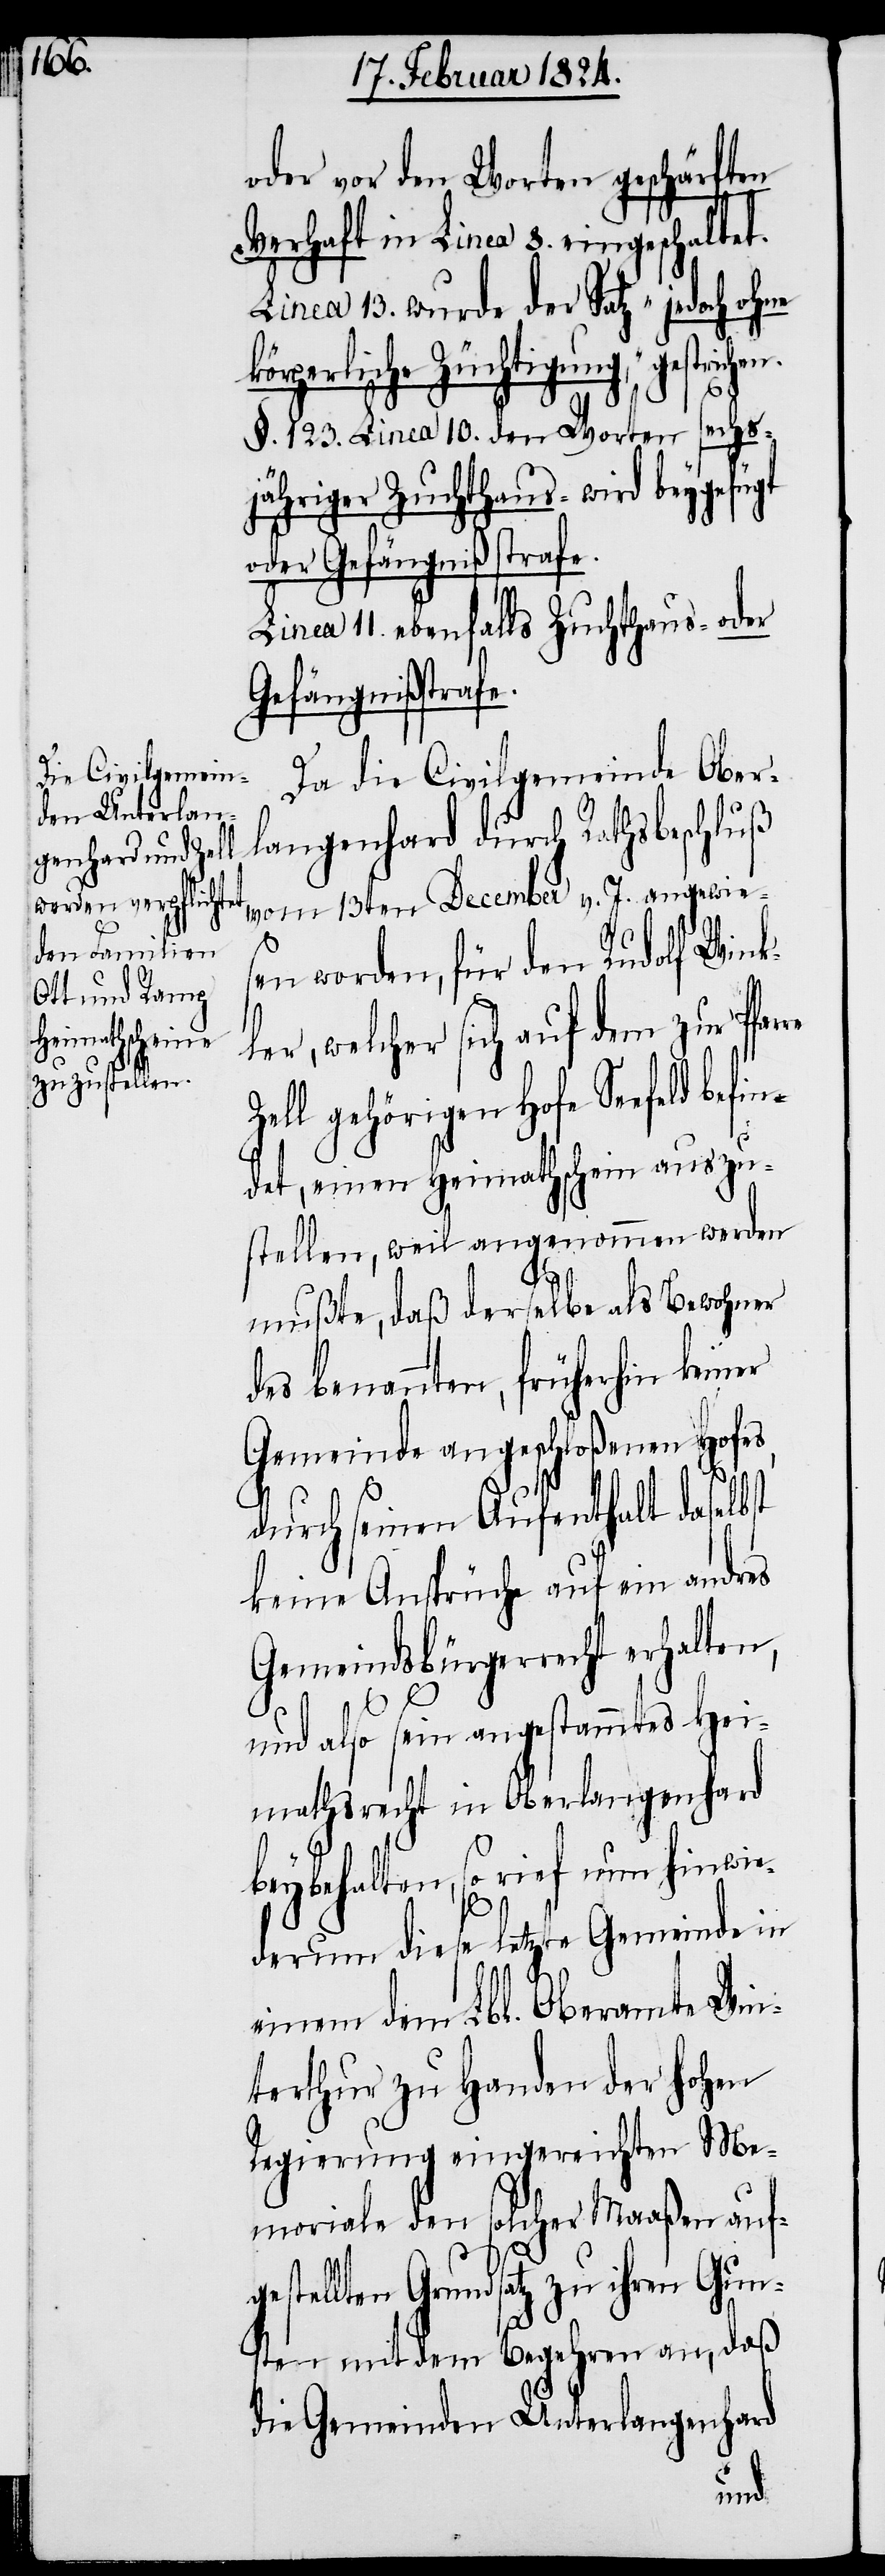
oder vor den Worten geschärften
Verhalt in Linea 8. eingeschaltet.
Linea 13. wurde der Satz „jedoch ohne
körperliche Züchtigung“, gestrich¬
re
§. 123. Linea 10. den Worten sechs¬
jähriger Zuchthaus- wird beygefügt
oder Gefängnißstrafe.
Linea 11. ebenfalls Zuchthaus- oder
Gefängnißstrafe.
Da die Civilgemeinde Ober¬
langenhard durch Rathsbeschluß
vom 13ten December v. J. angewie¬
sen worden, für den Rudolf Wink¬
ler, welcher sich auf dem zur Pfar¬
Zell gehörigen Hofe Seefeld befin¬
det, einen Heimathschein auszu¬
stellen, weil angenommen werden
mußte, daß derselbe als Bewohner
des benannten, früherhin keiner
Gemeinde angeschloßenen Hofes,
durch seinen Aufenthalt daselbst
keine Ansprüche auf ein andres
Gemeindsbürgerrecht erhalten,
und also sein angestammtes Hei¬
mathsrecht in Oberlangenhard
beybehalten, so rief nun hinwie¬
derum diese letzte Gemeinde in
einem dem Lbl. Oberamte Win¬
terthur zu Handen der hohen
Regierung eingereichten Me¬
moriale den solcher Maaßen aufg¬
estellten Grundsatz zu ihren Gun¬
sten mit dem Begehren an, daß
die Gemeinden Unterlangenhard